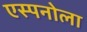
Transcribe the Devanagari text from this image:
एस्पनोला